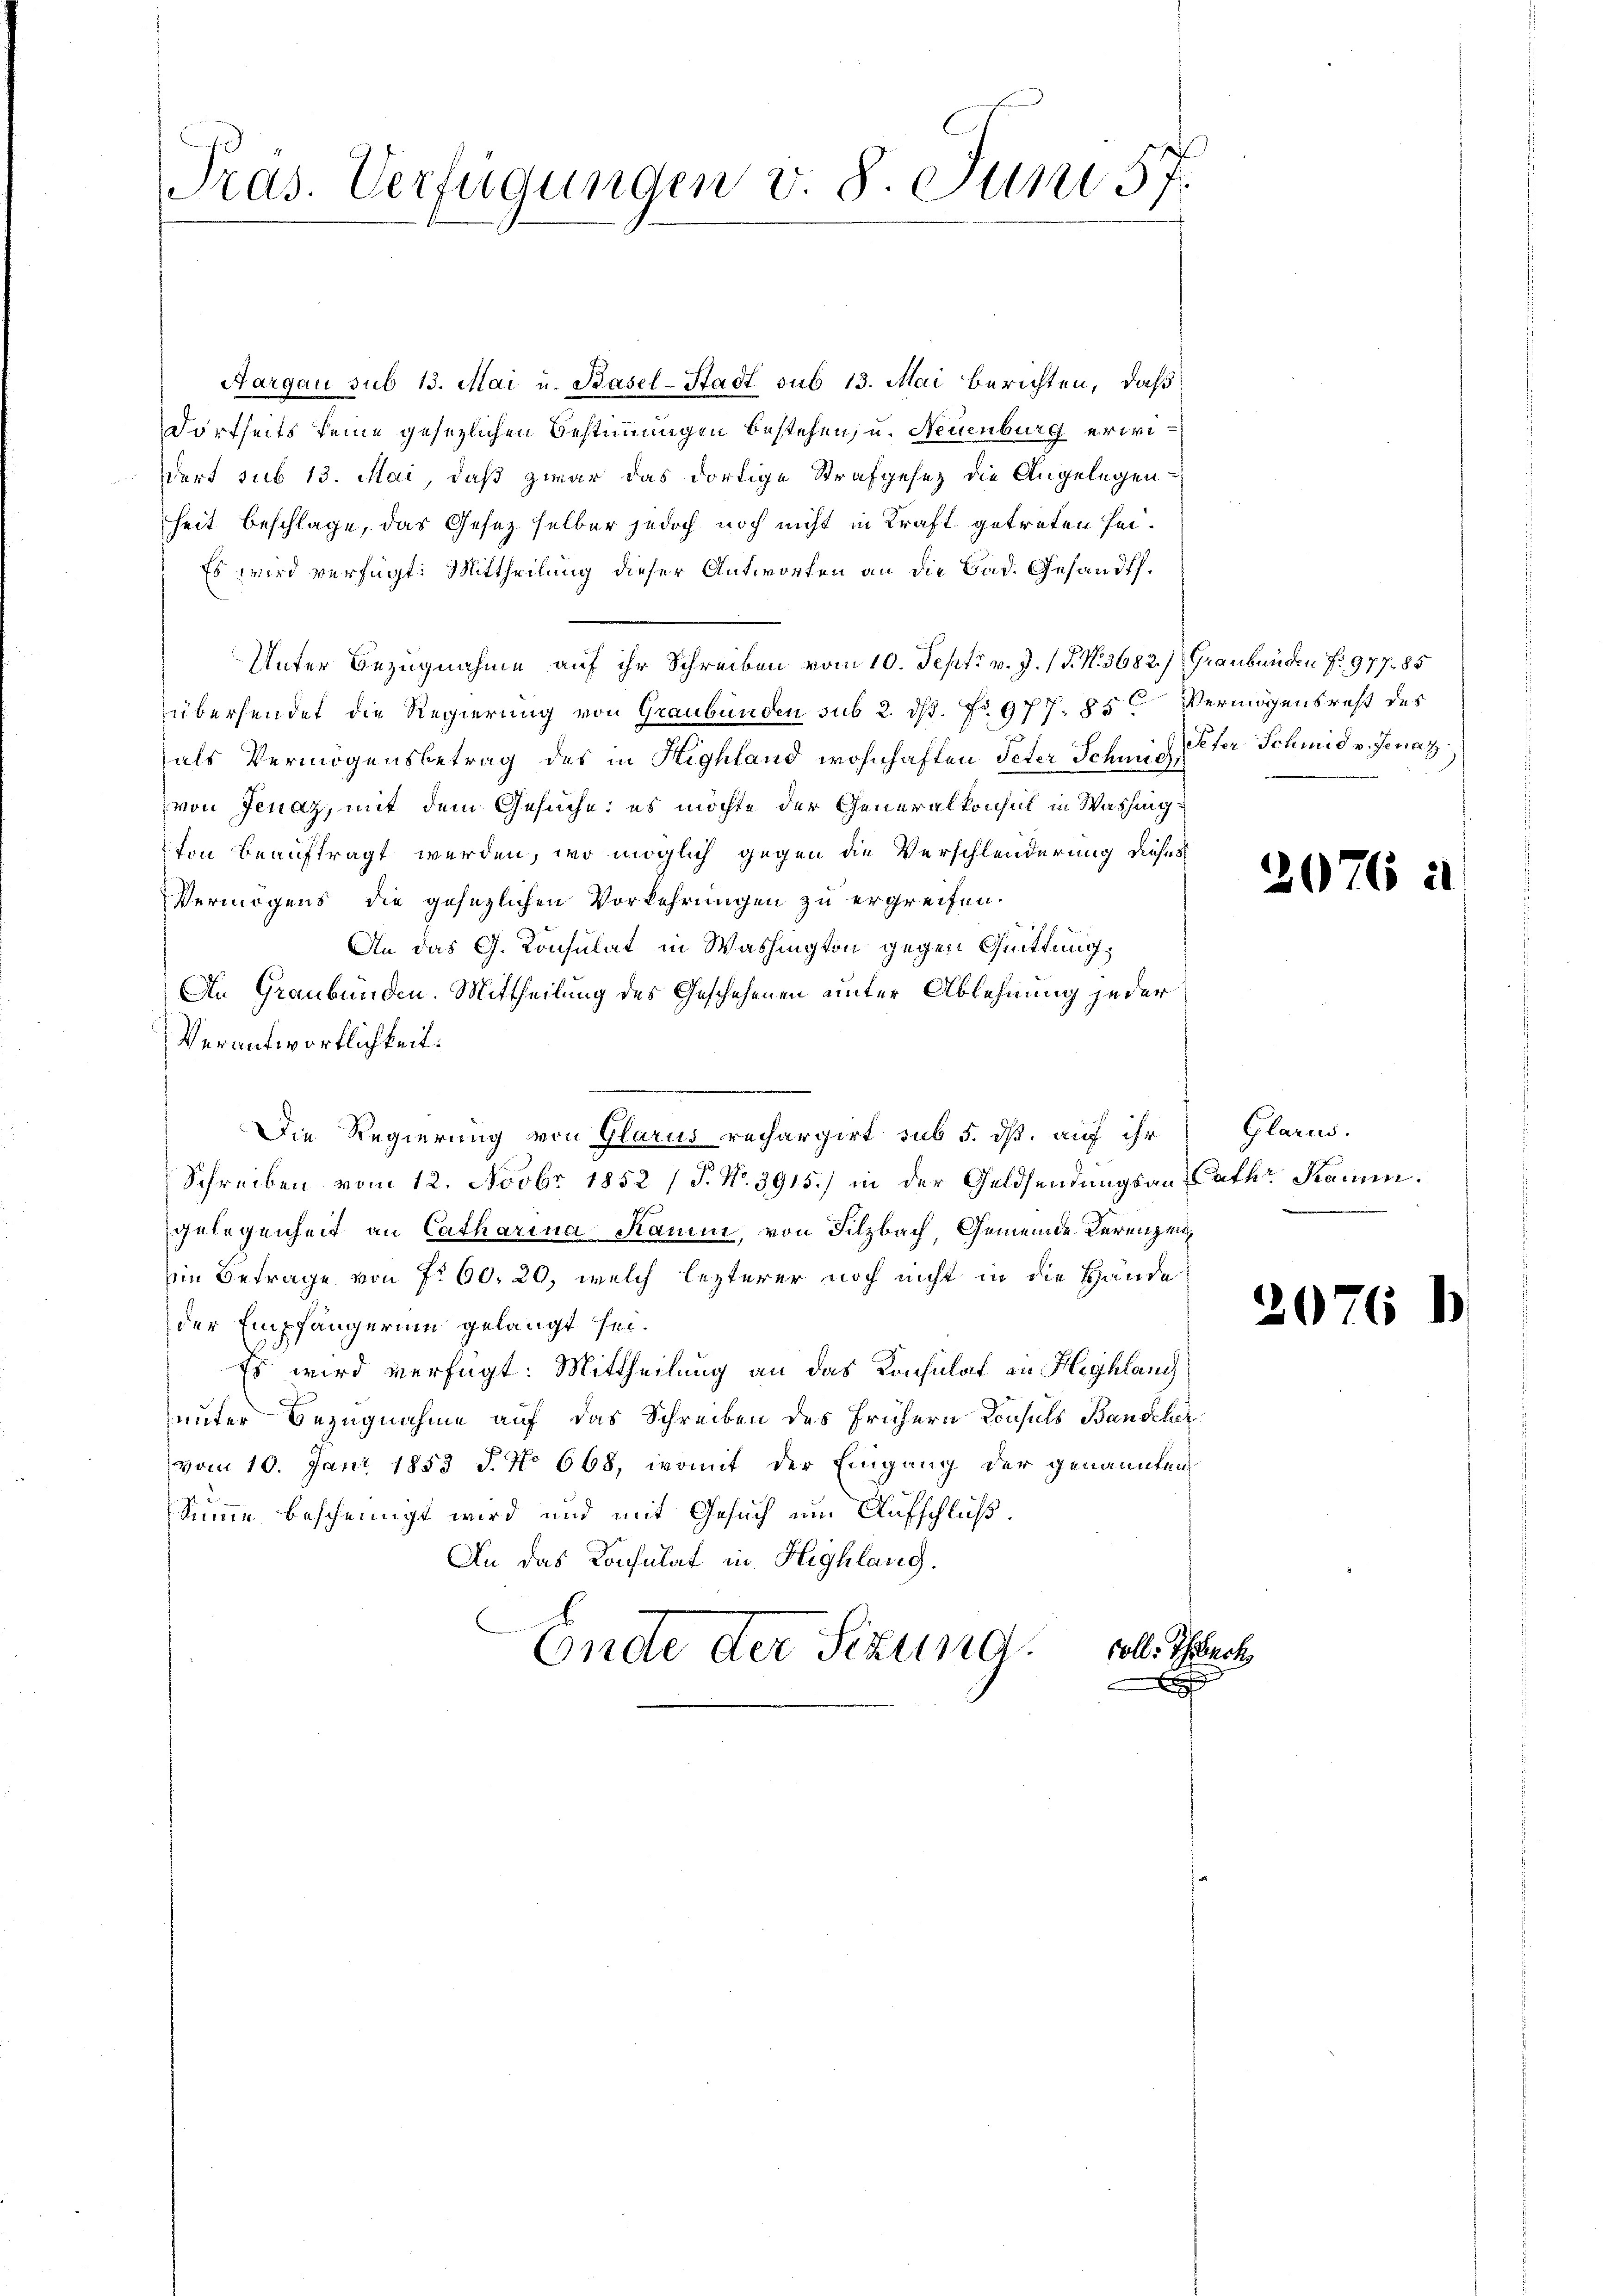
Pras. Verfügungen v. 8. Juni 57.

Aargau sub 13. Mai u. Basel-Stadt sub 13. Mai berichten, daß
Dortseits seine gesetzlichen Bestimmungen bestehen, u. Neuenburg erwi¬
Dort sub 13. Mai, daß zwar das dortige Strafgesez die Angelegen
heit beschlage, das Gesez selber jedoch noch nicht in Kraft getreten sei.
Es wird verfügt: Mittheilung dieser Antworten an die Bad. Gesandt.
Unter Bezugnahme auf ihr Schreiben vom 10. Sept. v. J. (T. N. 3682. /: Graubünden No 977 85
übersendet die Regierung von Graubünden sub 2. ds. No. 977, 85 Vermögensrest des
als Vermögensbetrag des in Highland wohnhaften Peter Schmid, Peter Schmid v. Jenaz
von Jenaz, mit dem Gesuche: es möchte der Generalkonsul in Washington beauftragt werden, wo möglich gegen die Verschlenderung dieses
Vermögens die gesezlichen Vorkehrungen zu ergreifen.
An das G. Konsulat in Washington gegen Quittung,
An Graubünden. Mittheilung des Geschehenen unter Ablehnung jeder
Verantwortlichkeit:
Die Regierung von Glarus rechargirt sub 5. dß. auf ihr
Schreiben vom 12. Novbr 1852 (T. No. 3915.) in der Geldsendungsan Cathe Kamin:
gelegenheit an Catharina Ramm, von Silzbach, Gemeinde Kerenzenin Betrage von Nr 60. 20, welch lezterer noch nicht in die Hände
der Empfängerung gelangt sei.
Es wird verfügt: Mittheilung an das Konsulat in Highlang
unter Bezugnahme auf das Schreiben des frühern Konsuls Bauscher
vom 10. Jani 1853 J. No 668, womit der Eingang der genannten
Sinne bescheinigt wird und mit Gesuch um Aufschluß.
An das Konsulat in Highlang.
coll. Therech
Endte der Sitzung.
x

Glarus.

2076 i

2076 h